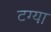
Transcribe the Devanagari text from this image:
टग्या